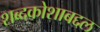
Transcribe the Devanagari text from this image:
शब्दकोशाबद्दल